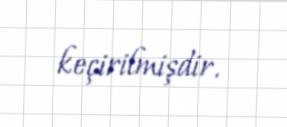
keçirilmişdir.